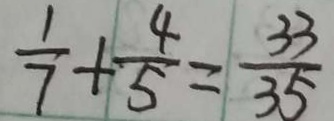
\frac { 1 } { 7 } + \frac { 4 } { 5 } = \frac { 3 3 } { 3 5 }